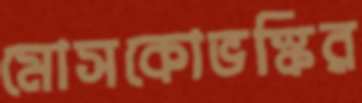
মোসকোভস্কির